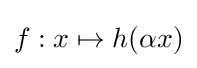
f:x\mapsto h(\alpha x)